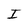
Character: I